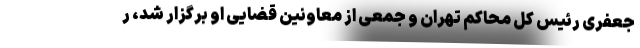
جعفری رئیس کل محاکم تهران و جمعی از معاونین قضایی او برگزار شد، ر